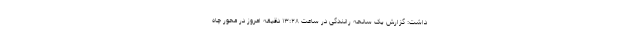
داشت: گزارش یک سانحه رانندگی در ساعت ۱۳:۲۸ دقیقه امروز در محور چاه